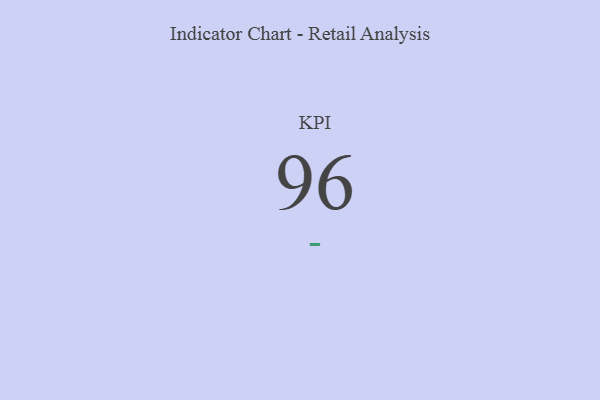
{"axis": {"x": "KPI", "y": "Value"}, "legend": [""], "data": [{"x": "KPI", "y": 96, "type": ""}]}